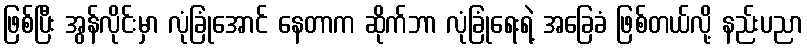
ဖြစ်ပြီး အွန်လိုင်းမှာ လုံခြုံအောင် နေတာက ဆိုက်ဘာ လုံခြုံရေးရဲ့ အခြေခံ ဖြစ်တယ်လို့ နည်းပညာ